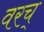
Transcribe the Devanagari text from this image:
वरच्